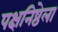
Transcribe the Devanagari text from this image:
पक्षनिष्ठेला